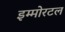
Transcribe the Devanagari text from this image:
इम्मोरटल